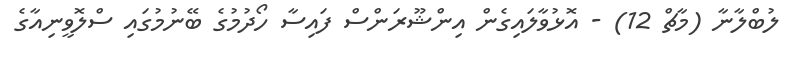
ލުބްލާނާ (މާޗް 12) - އޮޅުވާލައިގެން އިންޝޫރަންސް ފައިސާ ހޯދުމުގެ ބޭނުމުގައި ސްލޮވީނިއާގެ